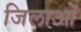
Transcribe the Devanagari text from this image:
जिलाओं